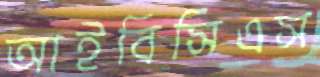
আইবিসিএস